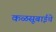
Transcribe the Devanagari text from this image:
कळसूबाईचे